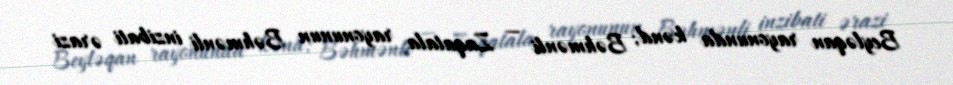
Beyləqan rayonunda kənd; Bəhmənli — Zaqatala rayonunun Bəhmənli inzibati ərazi